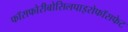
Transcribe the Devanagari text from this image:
फॉसफोरीबोसिलपाइरोफॉसफेट